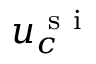
u _ { c } ^ { \mathrm { ~ s ~ i ~ } }